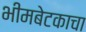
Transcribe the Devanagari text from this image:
भीमबेटकाचा